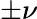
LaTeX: \pm\nu